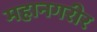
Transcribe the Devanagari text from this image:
महानगरीर